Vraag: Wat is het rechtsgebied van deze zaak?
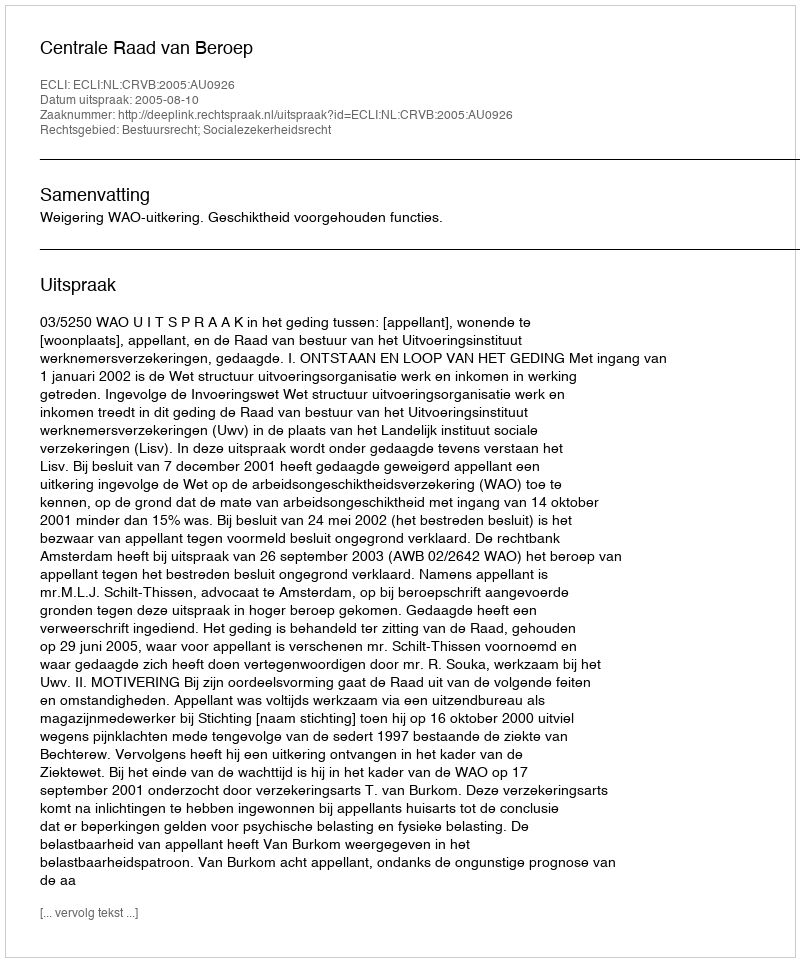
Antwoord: Bestuursrecht; Socialezekerheidsrecht